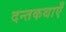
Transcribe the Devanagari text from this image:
दन्तकथाएँ